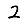
Digit: 2